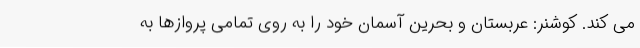
می کند. کوشنر: عربستان و بحرین آسمان خود را به روی تمامی پروازها به